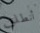
أنطلق